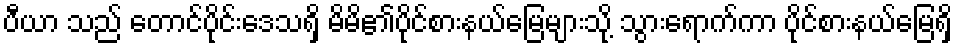
ပီယာ သည် တောင်ပိုင်းဒေသရှိ မိမိ၏ပိုင်စားနယ်မြေများသို့ သွားရောက်ကာ ပိုင်စားနယ်မြေရှိ